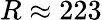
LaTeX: R\approx 223